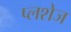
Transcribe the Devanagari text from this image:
प्लशेज